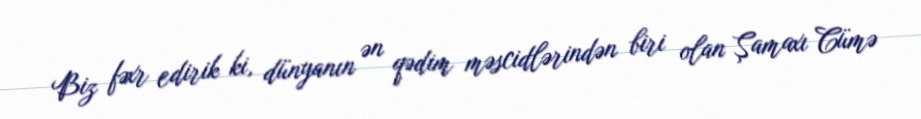
Biz fəxr edirik ki, dünyanın ən qədim məscidlərindən biri olan Şamaxı Cümə